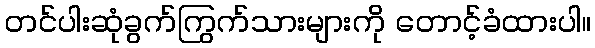
တင်ပါးဆုံခွက်ကြွက်သားများကို တောင့်ခံထားပါ။